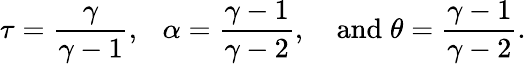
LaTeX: \tau=\frac{\gamma}{\gamma-1},~~~\alpha=\frac{\gamma-1}{\gamma-2},~~~\; \textrm{and}\; \theta=\frac{\gamma-1}{\gamma-2}.